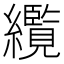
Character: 䌫